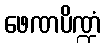
ဖေဏပိဏ္ဍံ